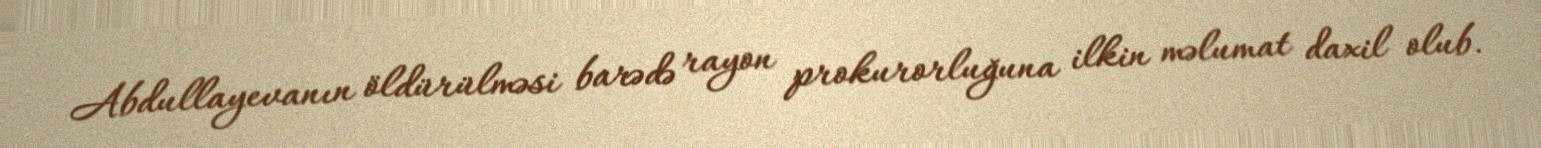
Abdullayevanın öldürülməsi barədə rayon prokurorluğuna ilkin məlumat daxil olub.